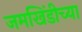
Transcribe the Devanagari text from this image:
जमखिंडीच्या